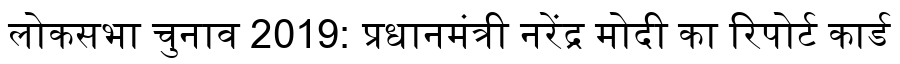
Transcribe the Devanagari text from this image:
लोकसभा चुनाव 2019: प्रधानमंत्री नरेंद्र मोदी का रिपोर्ट कार्ड